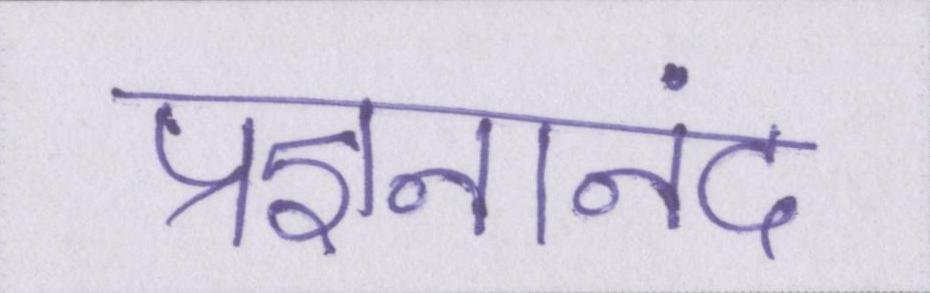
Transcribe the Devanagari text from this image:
प्रज्ञनानंद